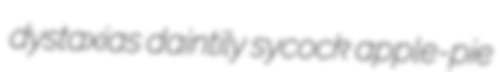
dystaxias daintily sycock apple-pie